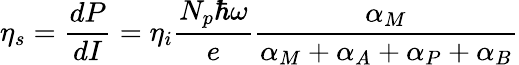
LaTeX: \eta_{s}=\frac{dP}{dI}=\eta_{i}\frac{N_{p}\hbar\omega}{e}\frac{\alpha_{M}}{\alpha_{M}+\alpha_{A}+\alpha_{P}+\alpha_{B}}